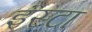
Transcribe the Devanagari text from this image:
इंस्टा